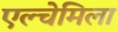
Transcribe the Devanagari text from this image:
एल्चेमिला